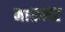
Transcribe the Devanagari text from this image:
मारूनर